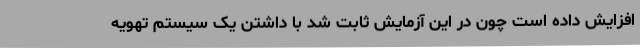
افزایش داده است چون در این آزمایش ثابت شد با داشتن یک سیستم تهویه